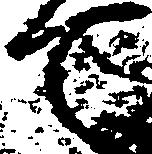
て